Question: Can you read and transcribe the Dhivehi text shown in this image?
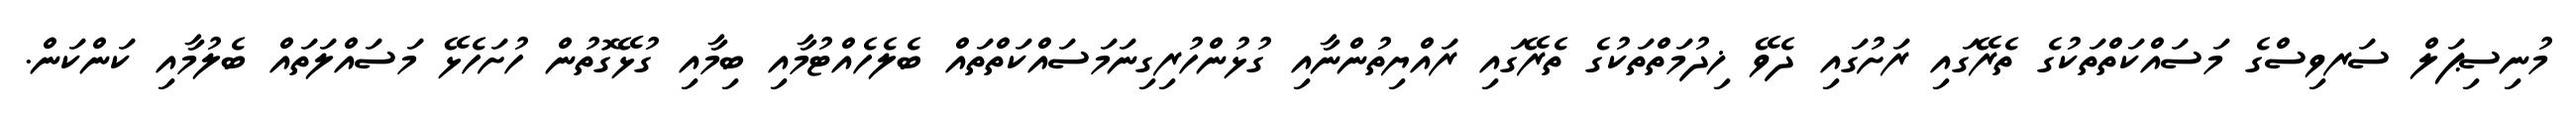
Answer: މުނިސިޕަލް ސަރވިސްގެ މަސައްކަތްތަކުގެ ތެރޭގައި ރަށުގައި ދެވޭ ޚިދުމަތްތަކުގެ ތެރޭގައި ރައްޔިތުންނާއި ގުޅުންހުރިގިނަމަސައްކަތްތައް ބެލެހެއްޓުމާއި ބިމާއި ގުޅޭގޮތުން ހުށަހެޅޭ މަސައްލަތައް ބެލުމާއި ކަންކަން.